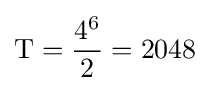
{\textrm {T}}={\frac {4^{6}}{2}}=2048